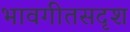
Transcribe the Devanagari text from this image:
भावगीतसदृश